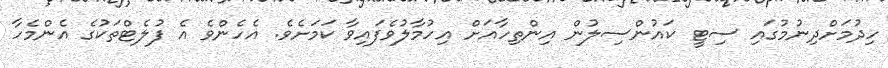
ހިދުމަށްދިނުމުގައި ސިޓީ ކައުންސިލުން އިންތިހާއަށް އިހުމާލުވެފައިވާ ކަމަށެވެ. އެހެންވެ އެ ފުލެޓްތަކުގެ އެންމެހާ